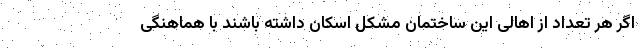
اگر هر تعداد از اهالی این ساختمان مشکل اسکان داشته باشند با هماهنگی